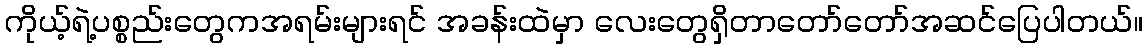
ကိုယ့်ရဲ့ပစ္စည်းတွေကအရမ်းများရင် အခန်းထဲမှာ လေးတွေရှိတာတော်တော်အဆင်ပြေပါတယ်။